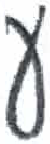
אות: ע